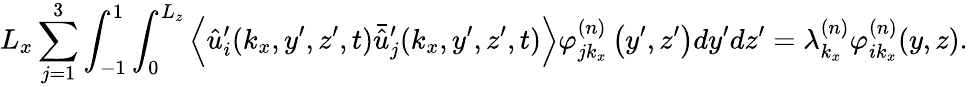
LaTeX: L_{x}\sum_{j=1}^{3}\int_{-1}^{1}\int_{0}^{L_{z}}\left\langle\hat{u}_{i}^{\prime}(k_{x},y^{\prime},z^{\prime},t)\bar{\hat{u}}_{j}^{\prime}(k_{x},y^{\prime},z^{\prime},t)\right\rangle\varphi_{jk_{x}}^{(n)}\left(y^{\prime},z^{\prime}\right)dy^{\prime}dz^{\prime}=\lambda_{k_{x}}^{(n)}\varphi_{ik_{x}}^{(n)}(y,z).